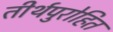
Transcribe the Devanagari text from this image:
तीर्थपुरोहित